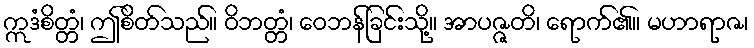
ဣဒံစိတ္တံ၊ ဤစိတ်သည်။ ဝိဘတ္တံ၊ ဝေဘန်ခြင်းသို့။ အာပဇ္ဇတိ၊ ရောက်၏။ မဟာရာဇ၊